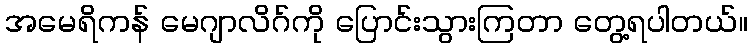
အမေရိကန် မေဂျာလိဂ်ကို ပြောင်းသွားကြတာ တွေ့ရပါတယ်။